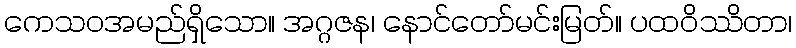
ကေသဝအမည်ရှိသော။ အဂ္ဂဇန၊ နောင်တော်မင်းမြတ်။ ပထဝိဿိတာ၊